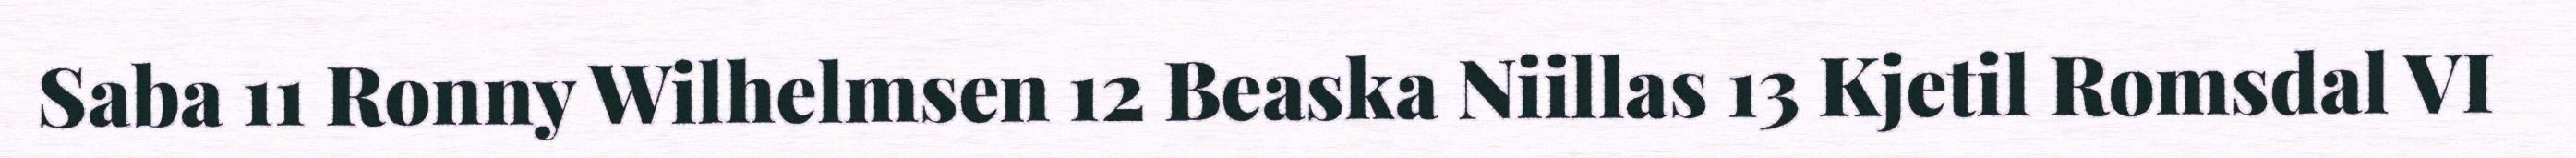
Saba 11 Ronny Wilhelmsen 12 Beaska Niillas 13 Kjetil Romsdal VI